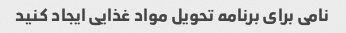
نامی برای برنامه تحویل مواد غذایی ایجاد کنید